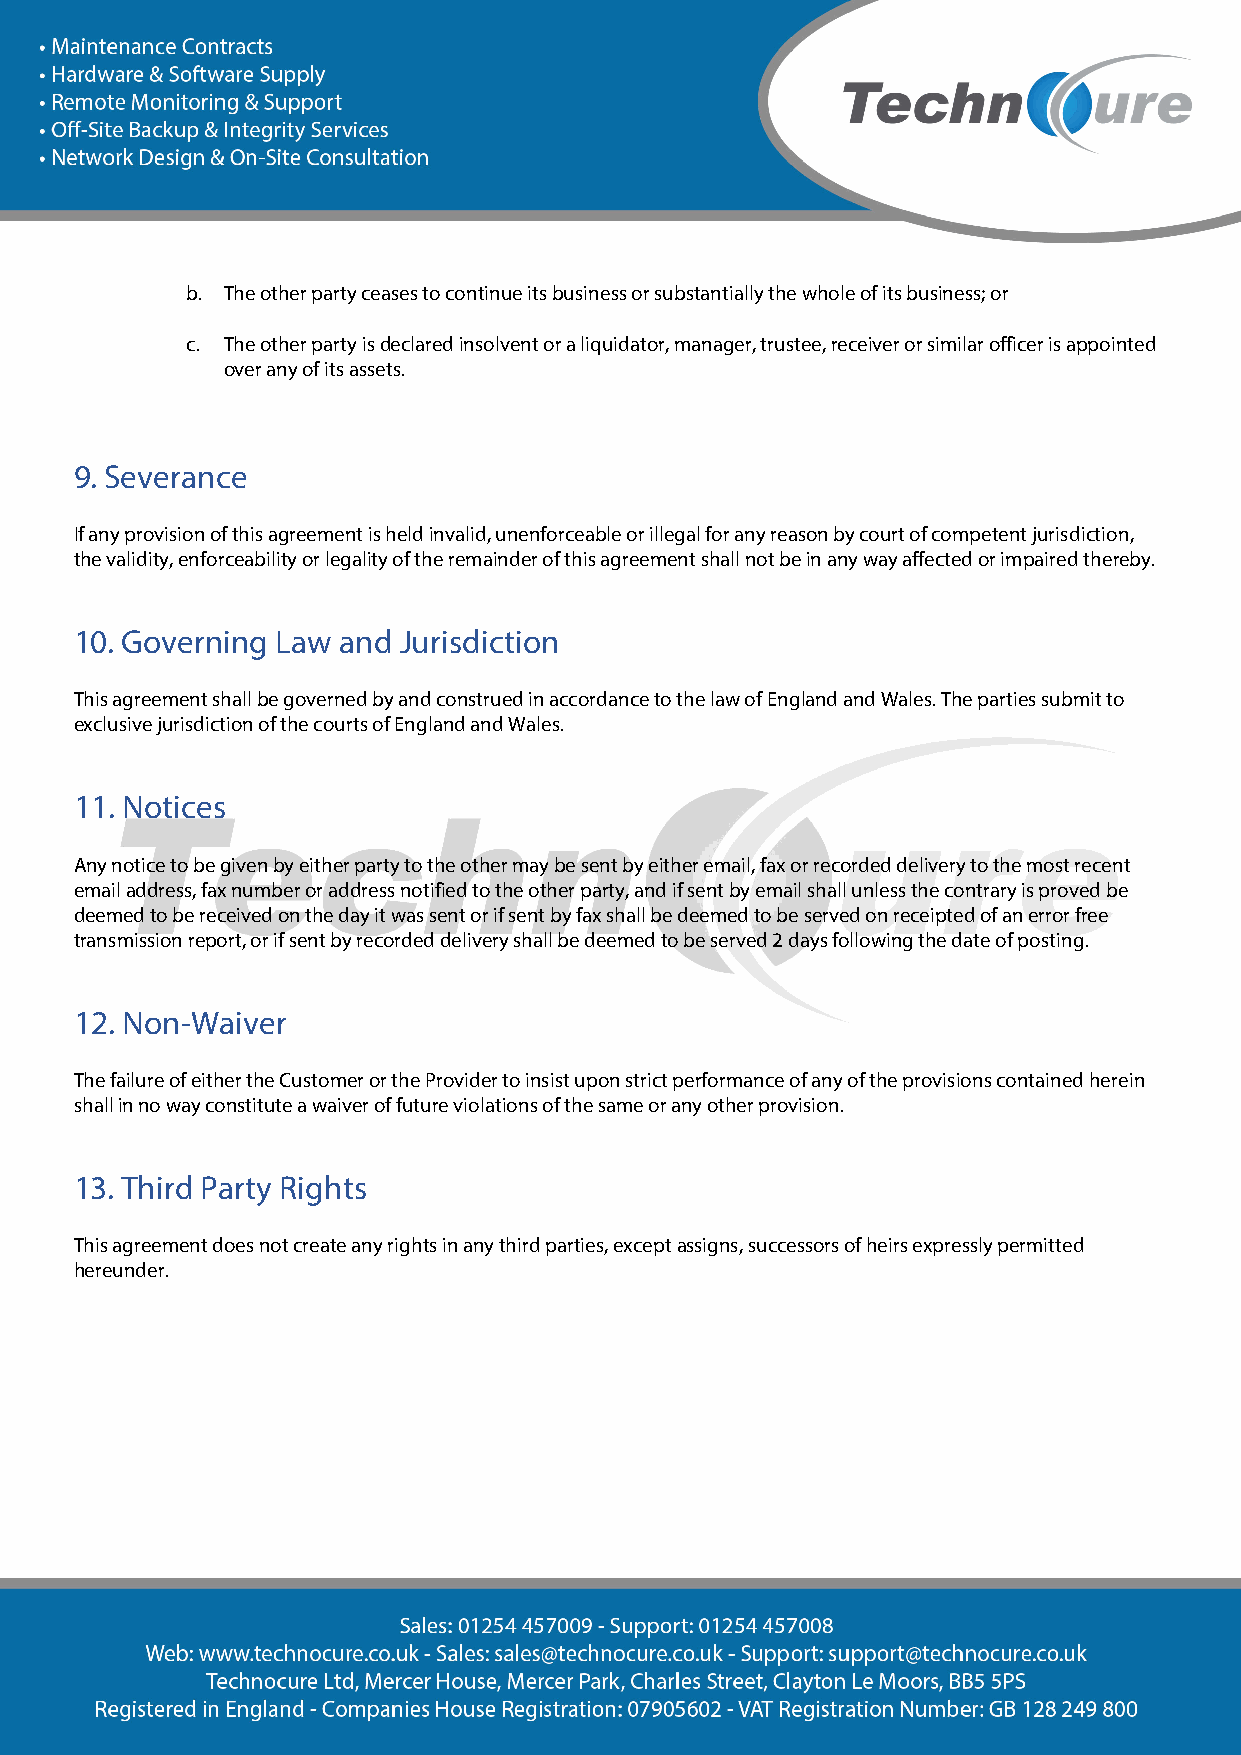
b. The other party ceases to continue its business or substantially the whole of its business; or
 c. The other party is declared insolvent or a liquidator, manager, trustee, receiver or similar officer is appointed
 over any of its assets.
 9. Severance
 If any provision of this agreement is held invalid, unenforceable or illegal for any reason by court of competent jurisdiction,
 the validity, enforceability or legality of the remainder of this agreement shall not be in any way affected or impaired thereby.
 10. Governing Law and Jurisdiction
 This agreement shall be governed by and construed in accordance to the law of England and Wales. The parties submit to
 exclusive jurisdiction of the courts of England and Wales.
 11. Notices
 Any notice to be given by either party to the other may be sent by either email, fax or recorded delivery to the most recent
 email address, fax number or address notified to the other party, and if sent by email shall unless the contrary is proved be
 deemed to be received on the day it was sent or if sent by fax shall be deemed to be served on receipted of an error free
 transmission report, or if sent by recorded delivery shall be deemed to be served 2 days following the date of posting.
 12. Non-Waiver
 The failure of either the Customer or the Provider to insist upon strict performance of any of the provisions contained herein
 shall in no way constitute a waiver of future violations of the same or any other provision.
 13. Third Party Rights
 This agreement does not create any rights in any third parties, except assigns, successors of heirs expressly permitted
 hereunder.